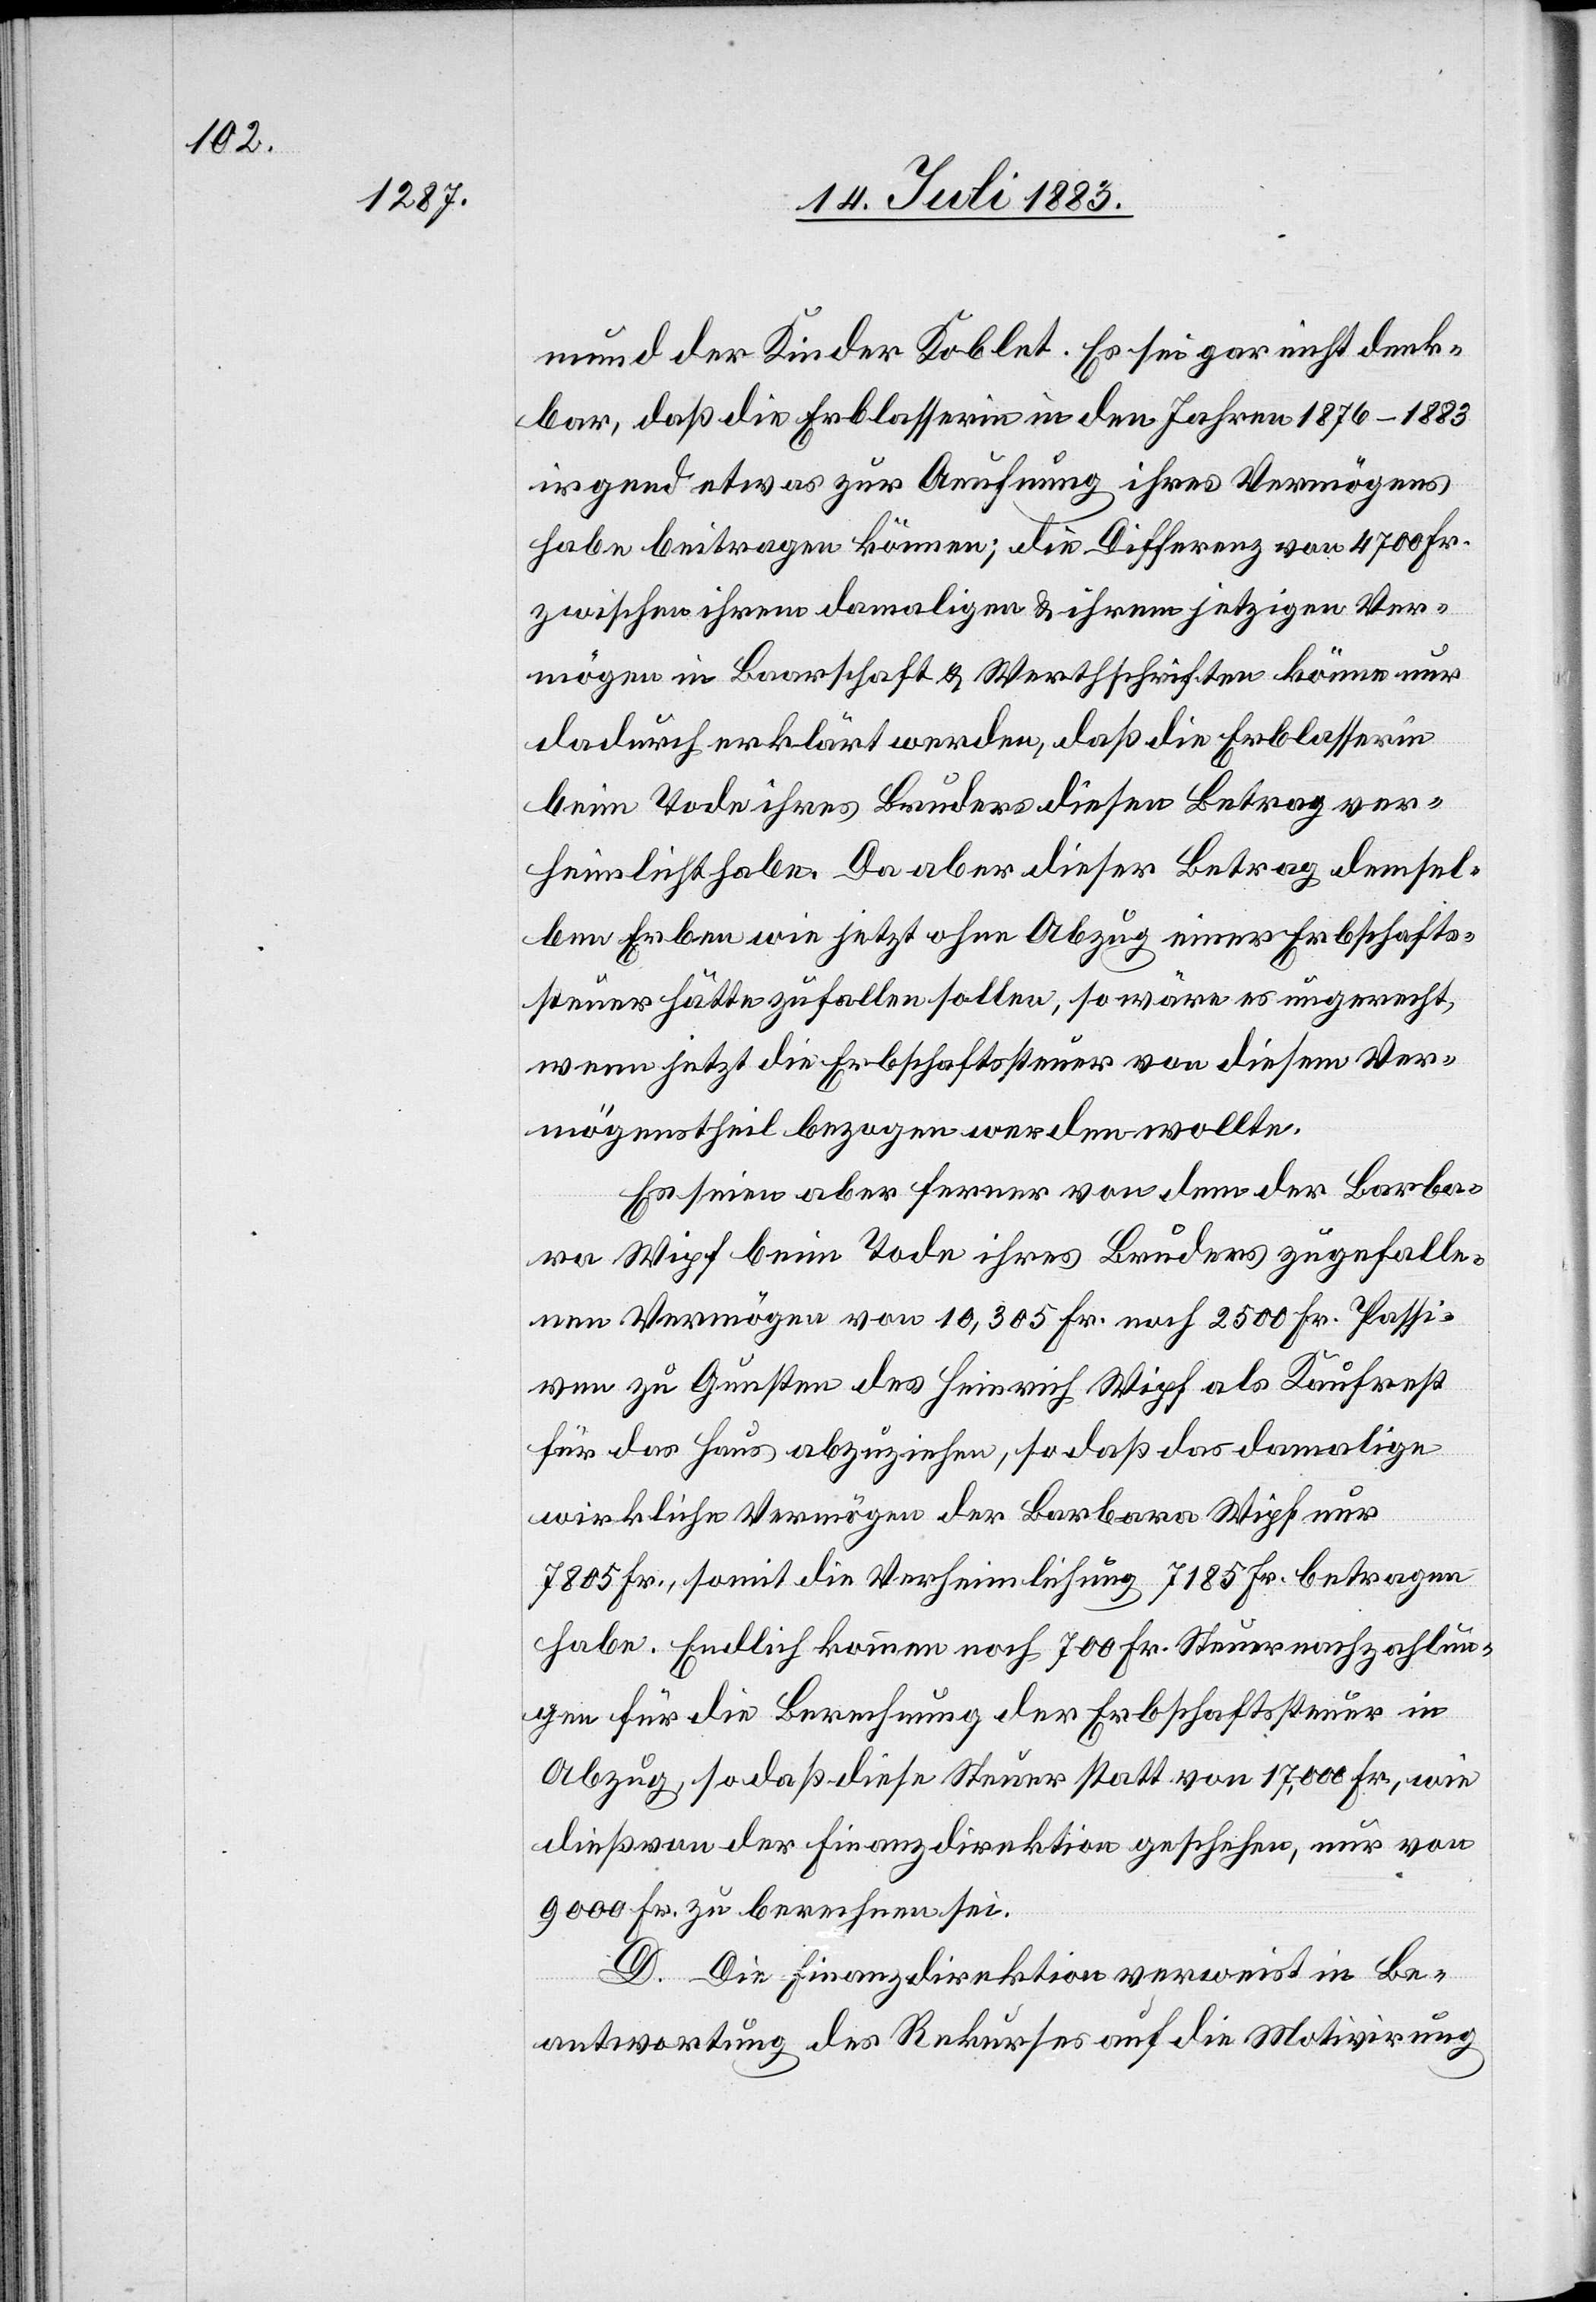
mund der Kinder Koblet. Es sei gar nicht denk¬
bar, daß die Erblasserin in den Jahren 1876–1883
irgend etwas zur Aeufnung ihres Vermögens
habe beitragen können; die Differenz von 4700 Fr.
zwischen ihrem damaligen & ihrem jetzigen Ver¬
mögen in Baarschaft & Werthschriften könne nur
dadurch erklärt werden, daß die Erblasserin
beim Tode ihres Bruders diesen Betrag ver¬
heimlicht habe. Da aber dieser Betrag demsel¬
ben Erben wie jetzt ohne Abzug einer Erbschafts¬
steuer hätte zufallen sollen, so wäre es ungerecht,
wenn jetzt die Erbschaftssteuer von diesem Ver¬
mögenstheil bezogen werden wolle.
Es seien aber ferner von dem der Barba¬
ra Wipf beim Tode ihres Bruders zugefalle¬
nen Vermögen von 10,305 Fr. noch 2500 Fr. Passi¬
ven zu Gunsten des Heinrich Wipf als Kaufrest
für das Haus abzuziehen, so daß das damalige
wirkliche Vermögen der Barbara Wipf nur
7805 Fr., somit die Verheimlichung 7185 Fr. betragen
habe. Endlich kommen noch 700 Fr. Steuernachzahlun¬
gen für die Berechnung der Erbschaftssteuer in
Abzug, so daß diese Steuer statt von 17,000 Fr., wie
dieß von der Finanzdirektion geschehen, nur von
9000 Fr. zu berechnen sei.
D. Die Finanzdirektion verweist in Be¬
antwortung des Rekurses auf die Motivirung